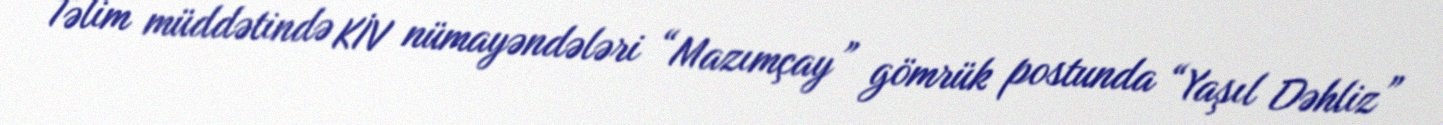
Təlim müddətində KİV nümayəndələri “Mazımçay” gömrük postunda “Yaşıl Dəhliz”